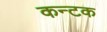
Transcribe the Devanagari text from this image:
कन्टक